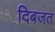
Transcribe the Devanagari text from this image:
दिबजत